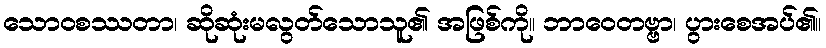
သောဝစဿတာ၊ ဆိုဆုံးမလွတ်သောသူ၏ အဖြစ်ကို။ ဘာဝေတဗ္ဗာ၊ ပွားစေအပ်၏။